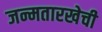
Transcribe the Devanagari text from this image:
जन्मतारखेची